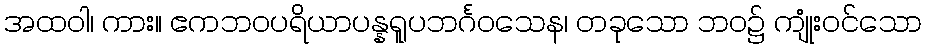
အထဝါ၊ ကား။ ဧကဘဝပရိယာပန္နရူပဘင်္ဂဝသေန၊ တခုသော ဘဝ၌ ကျုံးဝင်သော